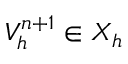
V _ { h } ^ { n + 1 } \in X _ { h }